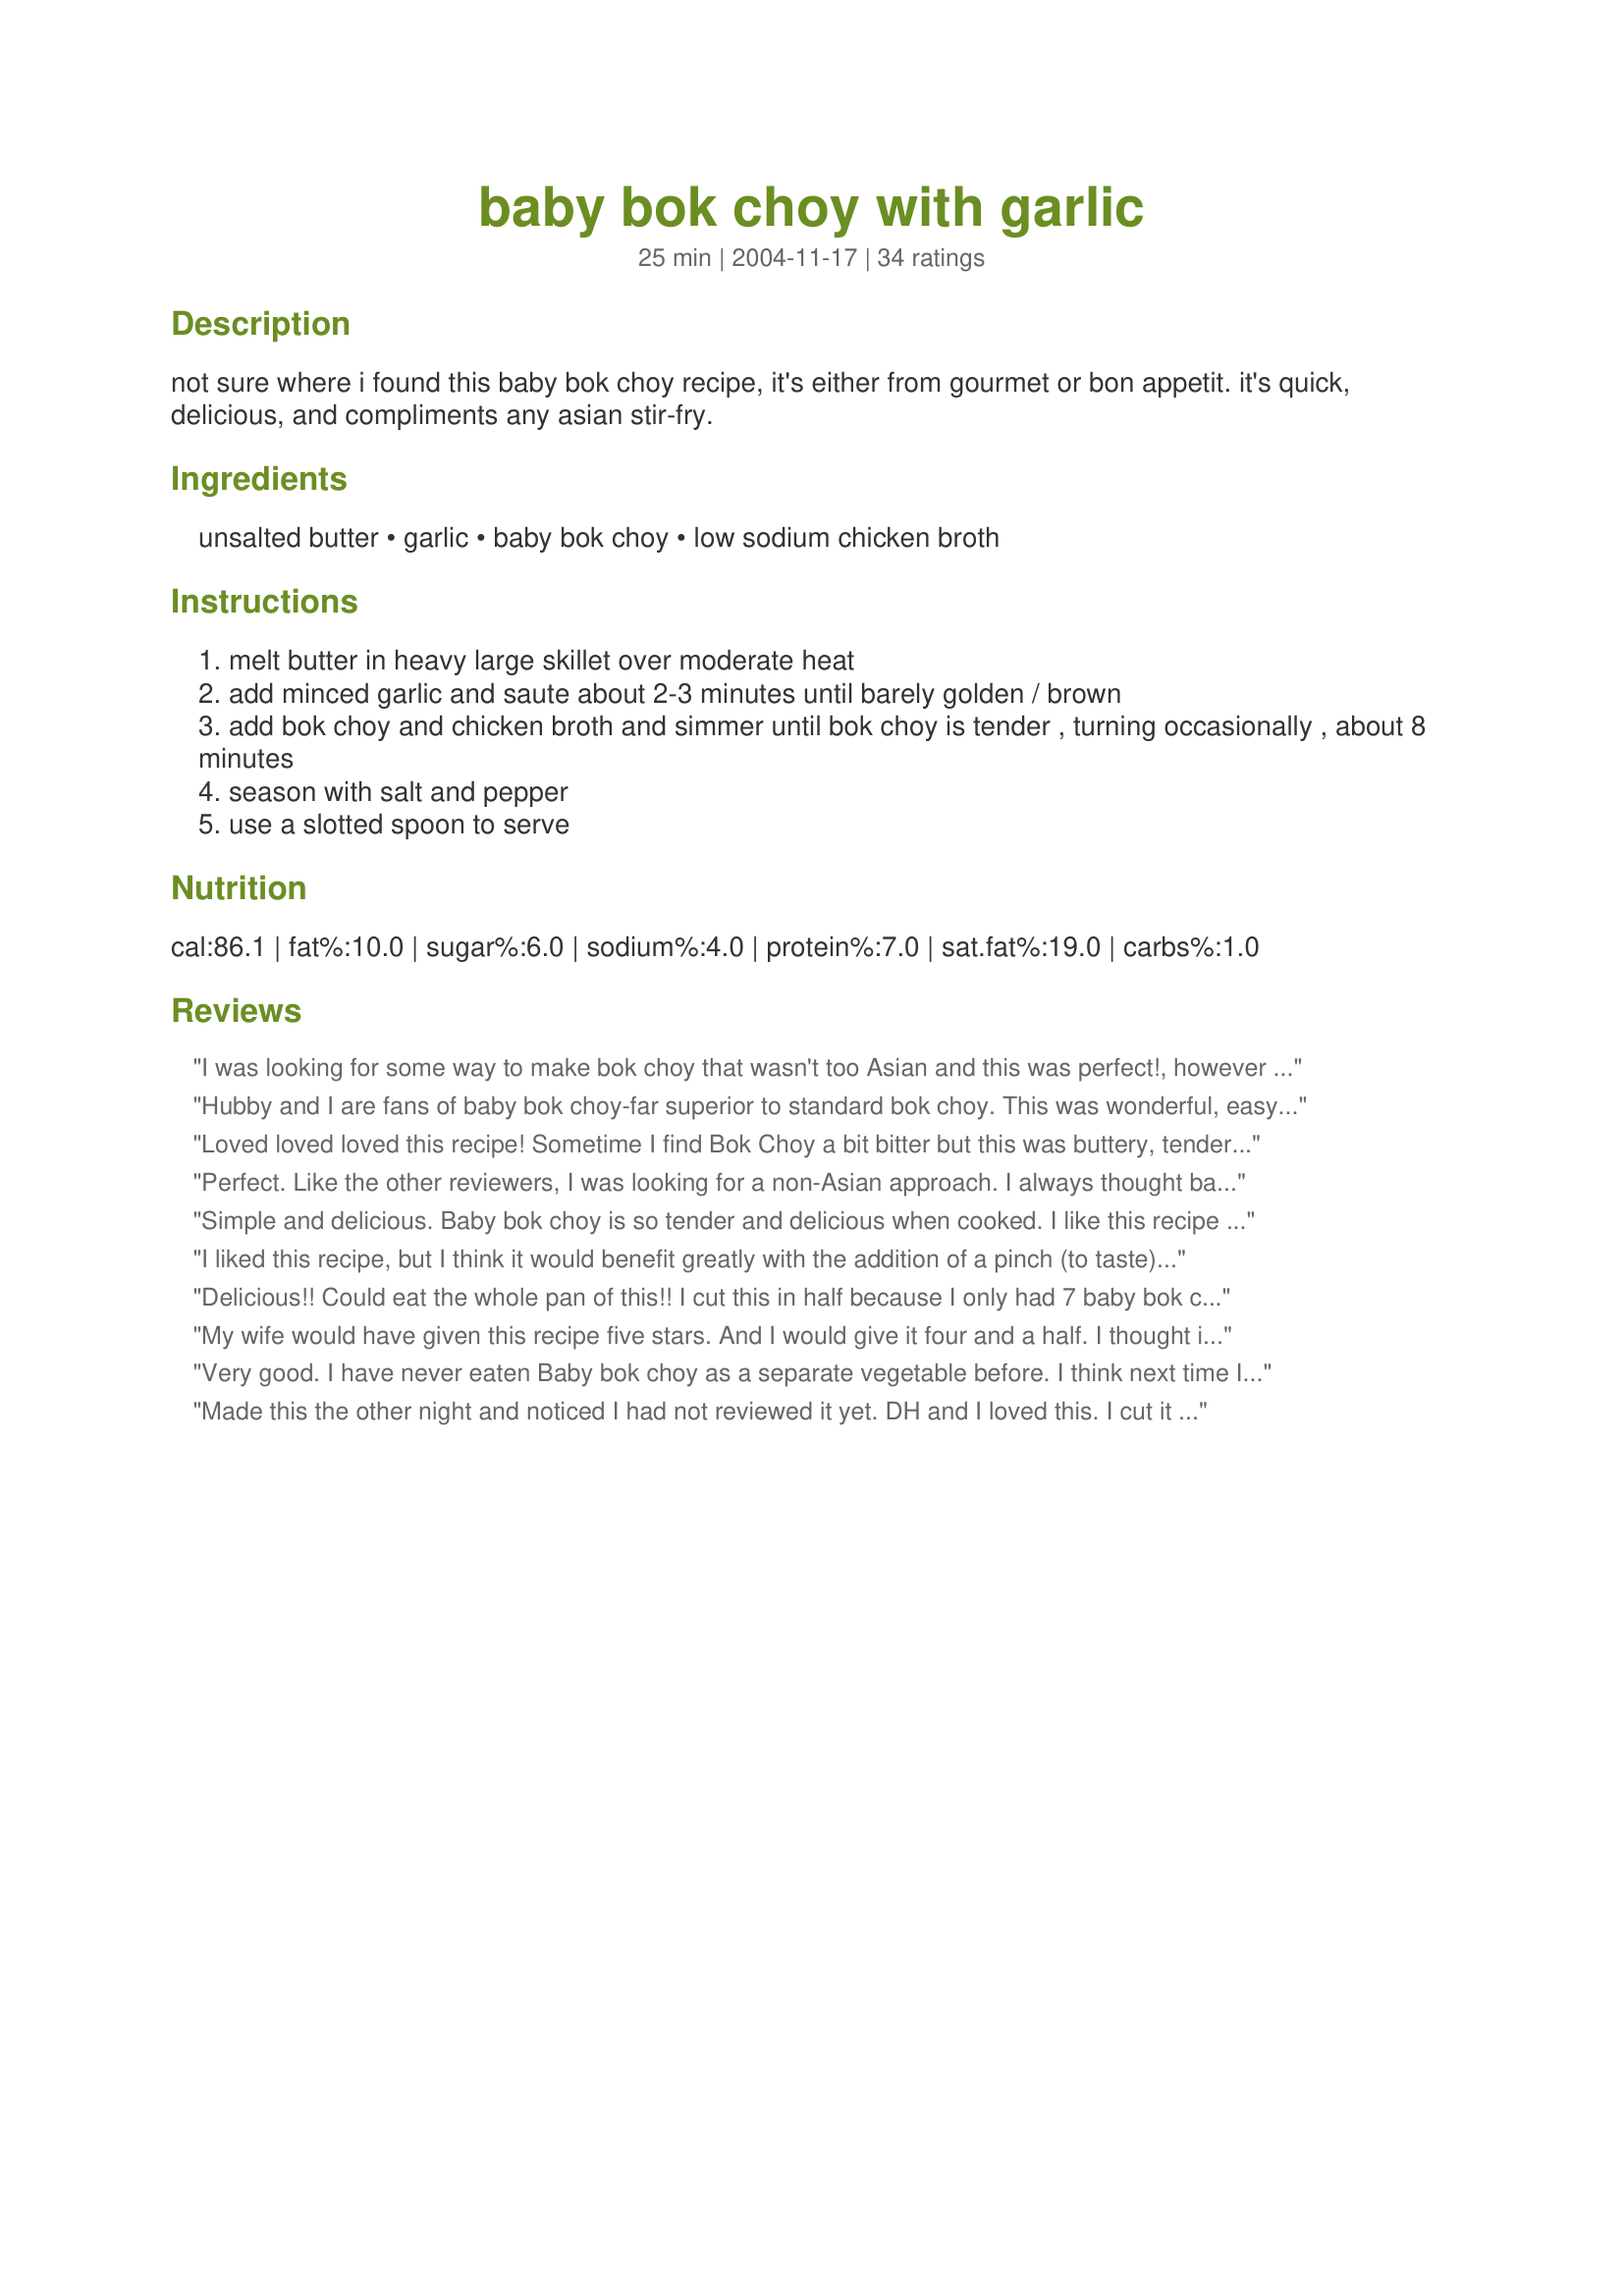
baby bok choy with garlic
Preparation time: 25 minutes

not sure where i found this baby bok choy recipe, it's either from gourmet or bon appetit. it's quick, delicious, and compliments any asian stir-fry.

Ingredients:
unsalted butter, garlic, baby bok choy, low sodium chicken broth

Steps:
melt butter in heavy large skillet over moderate heat
add minced garlic and saute about 2-3 minutes until barely golden / brown
add bok choy and chicken broth and simmer until bok choy is tender , turning occasionally , about 8 minutes
season with salt and pepper
use a slotted spoon to serve

Reviews:
I was looking for some way to make bok choy that wasn't too Asian and this was perfect!, however I think the amount of garlic is an error and I used four cloves which seemed about right for us. Although this would go great with any Asian stir-fry it was also great with Garlic and Sage Chicken and Potoato Saute recipe#111088. Thanks for sharing!
Hubby and I are fans of baby bok choy-far superior to standard bok choy. This was wonderful, easy and delicious and HEALTHY! I cut back on the garlic. Thanks for sharing!
Loved loved loved this recipe! Sometime I find Bok Choy a bit bitter but this was buttery, tender and delicious!
Perfect. Like the other reviewers, I was looking for a non-Asian approach. I always thought baby bok choy was a wonderful Italian vegetable!
Simple and delicious. Baby bok choy is so tender and delicious when cooked. I like this recipe because there isn't alot of other ingredients or heavy sauce to take away from the bok choy. I made this as written and wouldn't change a thing, Thanx!
I liked this recipe, but I think it would benefit greatly with the addition of a pinch (to taste) of crushed red pepper flakes. Or a dash of sesame chili oil. Just sayin...
Delicious!! Could eat the whole pan of this!! I cut this in half because I only had 7 baby bok choy. I used 1/4 tsp each of pepper, Lawry's Seasoned Salt and I added 1/4 tsp red pepper flakes (all for the halved recipe). I like this way of cooking bok choy because sometimes soy sauce and oyster sauce mask the flavor of the vegetable if you are not careful. Great recipe, thanks!
My wife would have given this recipe five stars. And I would give it four and a half. I thought it needed a bit more kick. I added a teaspoon of sesame oil to the butter and a pinch of red pepper flake to the chicken stock. Just personal tastes but it is great both ways!
Very good. I have never eaten Baby bok choy as a separate vegetable before. I think next time I will add some soya sauce at the end for a little more flavour.
Made this the other night and noticed I had not reviewed it yet. DH and I loved this. I cut it in half and adde3d some red pepper flakes but other followed the directions. Delicious! Definately a keeper. Thank you.
This is a must! I will always have this one on the menu.
simple and good. i'm sure you could do w/ less broth tho.
I have been wanting to cook baby bok choy for years. I am so sorry I waited this long, even the kids loved it.
Very good, quick and easy. Exactly what I was looking for. I used grapeseed oil and cut the baby book chop in halves for even cooking.
This was a nice way to serve my baby bok choy! Thsnks
Another great way to serve up one of our favorite veggies. Giving five stars for how easy it is to prepare and versatile...you can throw in just about any other veggie you want to and steam it right along. I served this with Stir-Fried Ginger Shrimp with Snow Peas, delicious!
I thought this saw really nice and will make it again with a few changes. I will use less garlic, add 1tsp of sesame oil and only use 1/2 cup of broth. Thanks for sharing
I loved this dish. I had regular bok choy so I chopped it up and cooked the white parts first for a few minutes, then added the green leafy parts for a few more. It turned out great. I love that the recipe doesn't use ginger and/or sugar/honey. Thank you.
Yum! I could eat this all day long- with any meal! Such a simple, fresh approach to bok choy. Thanks for posting! *Update... I truly do love this recipe- this time around, i added one small bunch of brocollini to the mix and it was TO-DIE-FOR!!! Very Italian tasting, as opposed to what you would typically think of bok choy recipes. YUMMY! Thanks again!
Added Tamari, toasted sesame oil, red pepper flakes and fresh as well as roasted garlic seasoning! DELISH!
Simple, fast and delicious. I add a some chili for a little heat, but it&#039;s great on without as well!
Nice easy way to make bok choy. The chicken broth is a good idea; it keeps the garlic & bok choy from browning during the saute. I used a dib-dab of butter along with canola oil; added a touch of soy sauce and sesame oil at the end. Excellent.
just what I was looking for..thanks!
It's funny though, others mentioned that they were trying to steer clear of Asian flavors...I came looking for this recipe because our favorite veggie at all the chinatown restaurants is baby bok choy sauteed with garlic
easy and delicious, thank you! I cut my bok choys in half though to have them submerged more easily.
This was pretty good. My 2 yr old even ate, it but only the green tips. I did add some salt to the recipes. Will make again. Thanks for the recipe, I am always looking for different ways to make vegetables.
Exactly what I was looking for- a baby bok choy side dish without Asian flavors. The nice mild flavors would go well with just about any dish, especially chicken or fish. Lots of flavor for little effort and ingredients. A keeper!
My favorite way to prepare bok choy! I usually use chicken or veggie stock, about 5 baby bok choy, quartered, 3 tbs garlic and vegan butter. (Serves 1 as entree, 2-3 as side). I serve it with sambal oelek (I love spicy!) and it's an entree with some rice. So delicious.
Sometimes it's just nice to eat something simple and uncluttered. This recipe is a shining example. Thanks, Crabzilla.
I enjoyed this very much. I usually make an oyster/sesame oil/soy sauce with baby bok choy, but it always seems a tad bit salty for my liking. I tried this and I thought it was absolutely wonderful. Sometimes less is more.. Thanks for a great recipe!
Tasty and simple. Maybe we're overspiced, but could use a little oomph.
Very good, although to cut back on calories I use vegetable oil instead. Sesame oil might make a nice touch at the end, too. Nice recipe!
This was great! Our family's first attempt at bok choy on it's own (not hidden in a stir fry) and we all loved it!
very good thanks
Wow, this was really good, it kind of surprised me. I used an olive oil based margarine, and organic stock powder. Great stuff! Thanks for posting.
